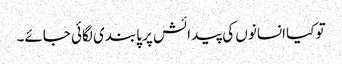
تو کیا انسانوں کی پیدائش پر پابندی لگائی جائے۔